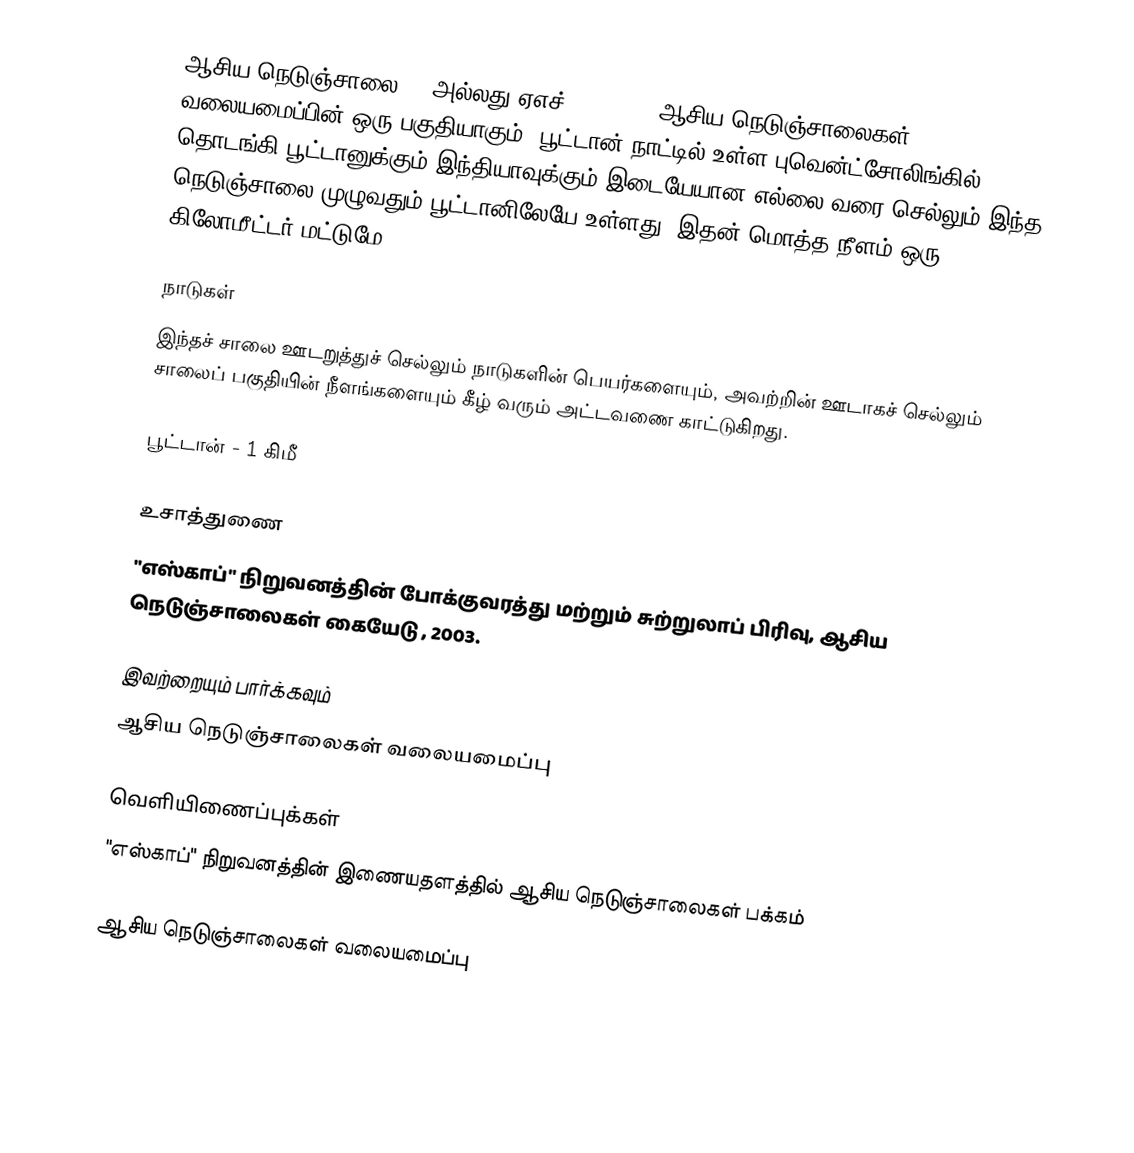
ஆசிய நெடுஞ்சாலை 48 அல்லது ஏஎச்48 (AH48), ஆசிய நெடுஞ்சாலைகள் வலையமைப்பின் ஒரு பகுதியாகும். பூட்டான் நாட்டில் உள்ள புவென்ட்சோலிங்கில் தொடங்கி பூட்டானுக்கும் இந்தியாவுக்கும் இடையேயான எல்லை வரை செல்லும் இந்த நெடுஞ்சாலை முழுவதும் பூட்டானிலேயே உள்ளது. இதன் மொத்த நீளம் ஒரு கிலோமீட்டர் மட்டுமே.

நாடுகள்
இந்தச் சாலை ஊடறுத்துச் செல்லும் நாடுகளின் பெயர்களையும், அவற்றின் ஊடாகச் செல்லும் சாலைப் பகுதியின் நீளங்களையும் கீழ் வரும் அட்டவணை காட்டுகிறது.

 பூட்டான் - 1 கிமீ

உசாத்துணை
 "எஸ்காப்" நிறுவனத்தின் போக்குவரத்து மற்றும் சுற்றுலாப் பிரிவு, ஆசிய நெடுஞ்சாலைகள் கையேடு , 2003.

இவற்றையும் பார்க்கவும்
 ஆசிய நெடுஞ்சாலைகள் வலையமைப்பு

வெளியிணைப்புக்கள்
 "எஸ்காப்" நிறுவனத்தின் இணையதளத்தில் ஆசிய நெடுஞ்சாலைகள் பக்கம்

 ஆசிய நெடுஞ்சாலைகள் வலையமைப்பு